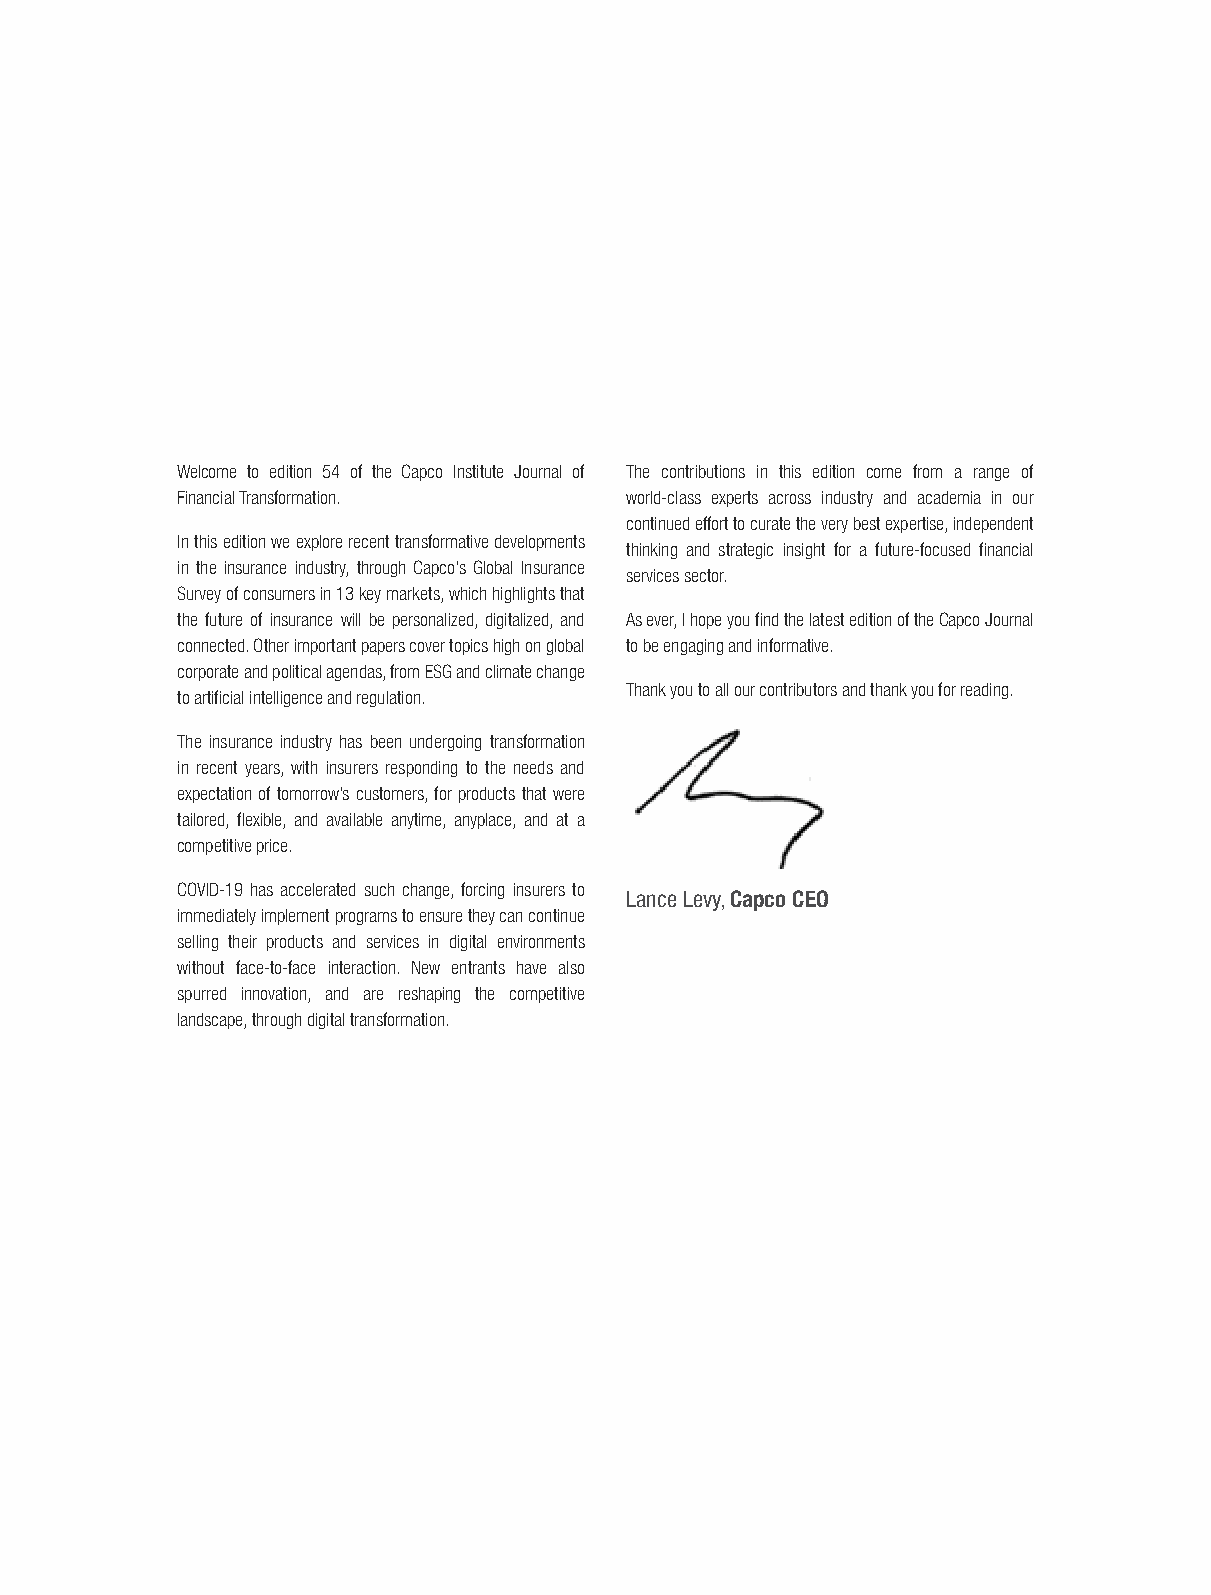
Welcome to edition 54 of the Capco Institute Journal of The contributions in this edition come from a range of
 Financial Transformation.    world-class experts across industry and academia in our
 continued effort to curate the very best expertise, independent
 In this edition we explore recent transformative developments
 thinking and strategic insight for a future-focused fi nancial
 in the insurance industry, through Capco’s Global Insurance
 services sector.
 Survey of consumers in 13 key markets, which highlights that
 the future of insurance will be personalized, digitalized, and As ever, I hope you fi nd the latest edition of the Capco Journal
 connected. Other important papers cover topics high on global to be engaging and informative.
 corporate and political agendas, from ESG and climate change
 Thank you to all our contributors and thank you for reading.
 to artifi cial intelligence and regulation.
 The insurance industry has been undergoing transformation
 in recent years, with insurers responding to the needs and
 expectation of tomorrow’s customers, for products that were
 tailored, fl exible, and available anytime, anyplace, and at a
 competitive price.
 COVID-19 has accelerated such change, forcing insurers to
 Lance Levy, Capco CEO
 immediately implement programs to ensure they can continue
 selling their products and services in digital environments
 without face-to-face interaction. New entrants have also
 spurred innovation, and are reshaping the competitive
 landscape, through digital transformation.